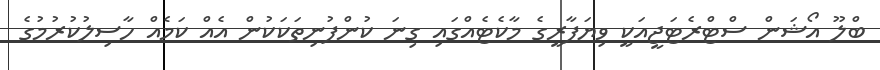
ބްލޫ އޯޝަން ސްޓްރެޓަޖީއަކީ ވިޔަފާރީގެ މާކެޓެއްގައި ގިނަ ކުންފުނިތަކަކުން އެއް ކަމެއް ހާސިލުކުރުމުގެ